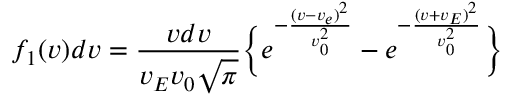
f _ { 1 } ( v ) d v = \frac { v d v } { v _ { E } v _ { 0 } \sqrt { \pi } } \Bigl \{ e ^ { - \frac { ( v - v _ { e } ) ^ { 2 } } { v _ { 0 } ^ { 2 } } } - e ^ { - \frac { ( v + v _ { E } ) ^ { 2 } } { v _ { 0 } ^ { 2 } } } \Bigr \}